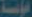
اموسة